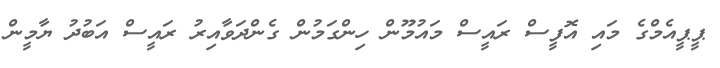
ޕީޕީއެމްގެ މައި އޮފީސް ރައީސް މައުމޫން ހިންގަމުން ގެންދަވާއިރު ރައީސް އަބުދު ޔާމީން